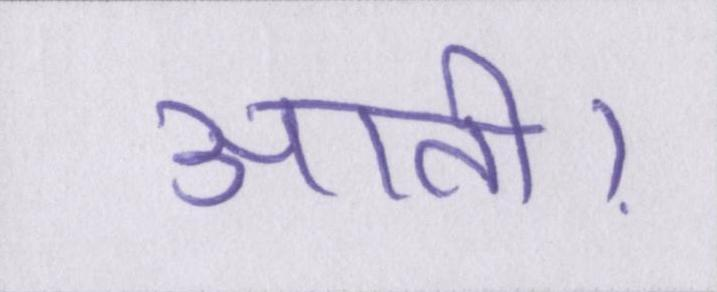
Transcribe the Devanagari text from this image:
आती।